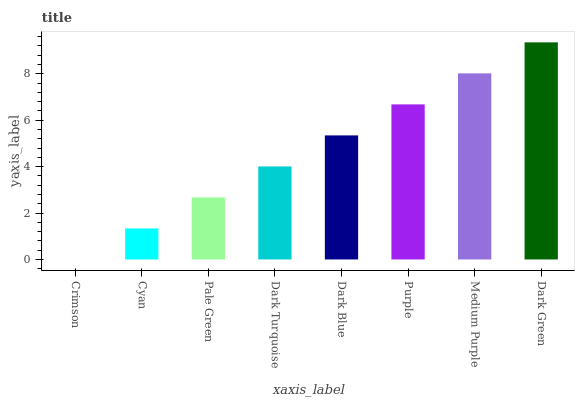
| xaxis_label | bars |
 | --- | --- |
 | Crimson | 0 |
 | Cyan | 1.34 |
 | Pale Green | 2.67 |
 | Dark Turquoise | 4.01 |
 | Dark Blue | 5.34 |
 | Purple | 6.68 |
 | Medium Purple | 8.02 |
 | Dark Green | 9.35 |